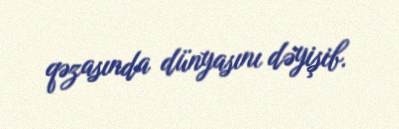
qəzasında dünyasını dəyişib.